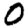
Digit: 0